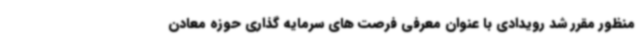
منظور مقرر شد رویدادی با عنوان معرفی فرصت های سرمایه گذاری حوزه معادن